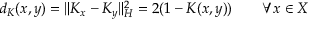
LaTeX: d _ { K } ( x , y ) = \| K _ { x } - K _ { y } \| _ { H } ^ { 2 } = 2 ( 1 - K ( x , y ) ) \qquad \forall x \in X